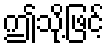
ဤသို့ဖြင့်